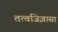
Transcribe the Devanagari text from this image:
तत्वजिज्ञासा